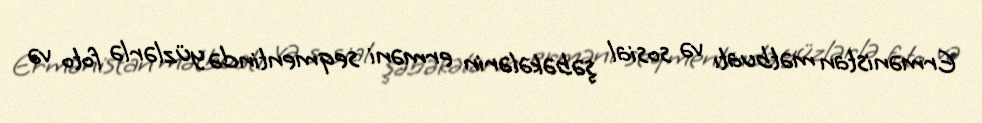
Ermənistan mətbuatı və sosial şəbəkələrin erməni seqmentində yüzlərlə foto və